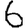
Digit: 6